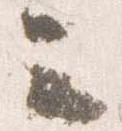
云